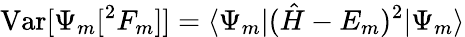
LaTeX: \mathrm{Var}[\Psi_{m}[^{2}F_{m}]]=\langle\Psi_{m}|({\hat{H}}-E_{m})^{2}|\Psi_{m}\rangle